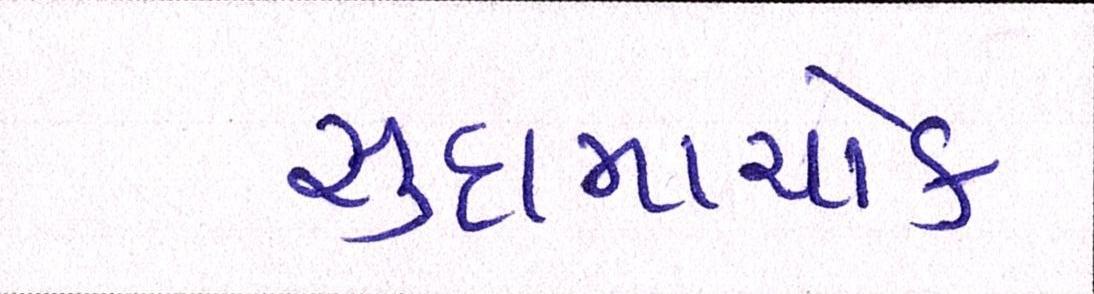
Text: સુદામાચોક